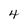
Character: 4